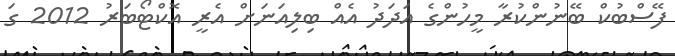
ފޭސްބުކް ބޭނުންކުރާ މީހުންގެ އަަދަދު އެއް ބިލިއަނަށް އެރީ އޮކްޓޯބަރު 2012 ގަ